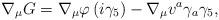
LaTeX: \begin{align*}\nabla_{\mu}G=\nabla_{\mu}\varphi\left( i\gamma_{5}\right) -\nabla_{\mu}v^{a}\gamma_{a}\gamma_{5},\end{align*}